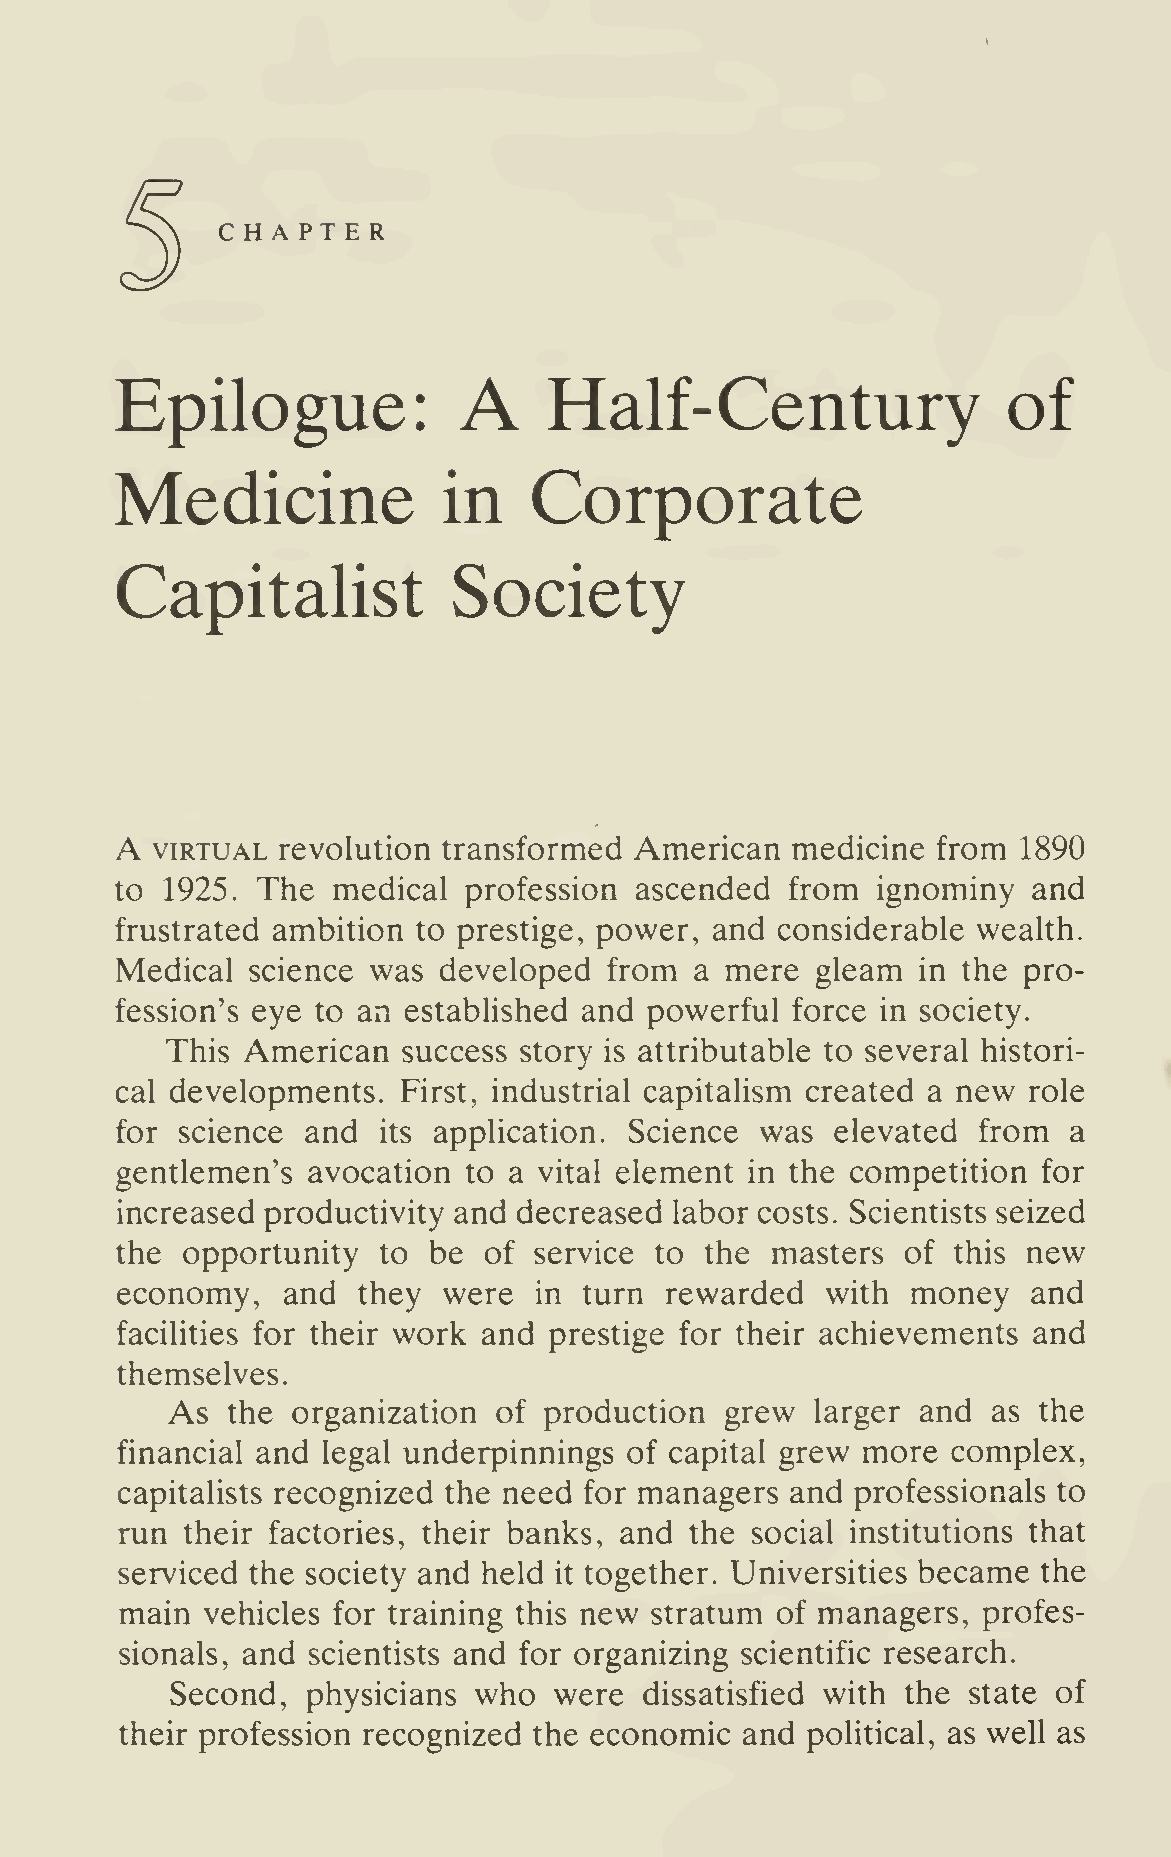
CHAPTER
 A
 Epilogue:                   Half-Century                   of
 Medicine                   Corporate
 in
 Capitalist            Society
 A
 VIRTUAL revolution transformed  American  medicine  from  1890
 to 1925. The  medical  profession ascended  from  ignominy  and
 frustrated ambition to prestige, power, and considerable wealth.
 Medical  science was developed  from  a mere  gleam  in the pro-
 fession's eye to an established and powerful force in society.
 This American   success story is attributable to several histori-
 cal developments.  First, industrial capitalism created a new role
 for science and  its application. Science was  elevated  from  a
 gentlemen's avocation  to a vital element in the competition for
 increased productivity and decreased labor costs. Scientists seized
 the opportunity  to be  of service to  the masters  of this new
 economy,   and  they were  in  turn rewarded   with money   and
 facilities for their work and prestige for their achievements and
 themselves.
 As  the organization  of production  grew  larger and  as the
 financial and legal underpinnings of capital grew more complex,
 capitalists recognized the need for managers and professionals to
 run their factories, their banks, and the social institutions that
 serviced the society and held  together. Universities became the
 it
 main vehicles for training this new stratum of managers, profes-
 sionals, and scientists and for organizing scientific research.
 Second,  physicians who   were  dissatisfied with the state of
 their profession recognized the economic and political, as well as